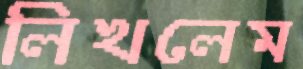
লিখলেম